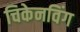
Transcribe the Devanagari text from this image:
चिकेनविंग